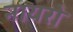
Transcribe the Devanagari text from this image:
नायरो